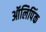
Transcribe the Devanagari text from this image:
ऑलिपिंक